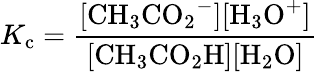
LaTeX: K_{\mathrm{c}}={\frac{\mathrm{[{CH_{3}CO_{2}}^{-}][{H_{3}O}^{+}]}}{\mathrm{[{CH_{3}CO_{2}H}][{H_{2}O}]}}}